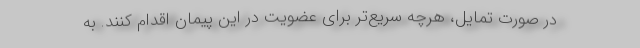
در صورت تمایل، هرچه سریع‌تر برای عضویت در این پیمان اقدام کنند. به